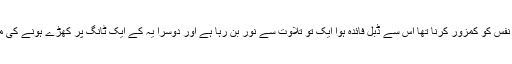
مقصد جسم کو تکلیف دینا نہیں بلکہ نفس کو کمزور کرنا تھا اس سے ڈبل فائدہ ہوا ایک تو تلاوت سے نور بن رہا ہے اور دوسرا یہ کے ایک ٹانگ پر کھڑے ہونے کی مشقت سے نفس کمزور ہو رہا ہے ۔